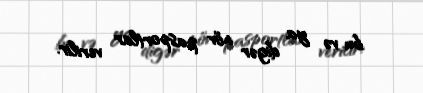
bu və ya digər növ pasportlar verilir.